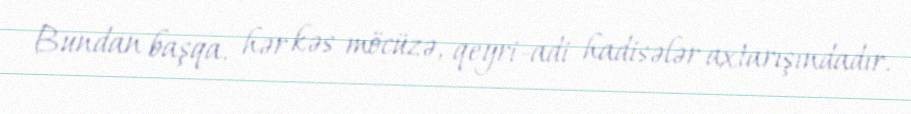
Bundan başqa, hər kəs möcüzə, qeyri-adi hadisələr axtarışındadır.